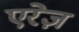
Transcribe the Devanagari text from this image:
एरेज़